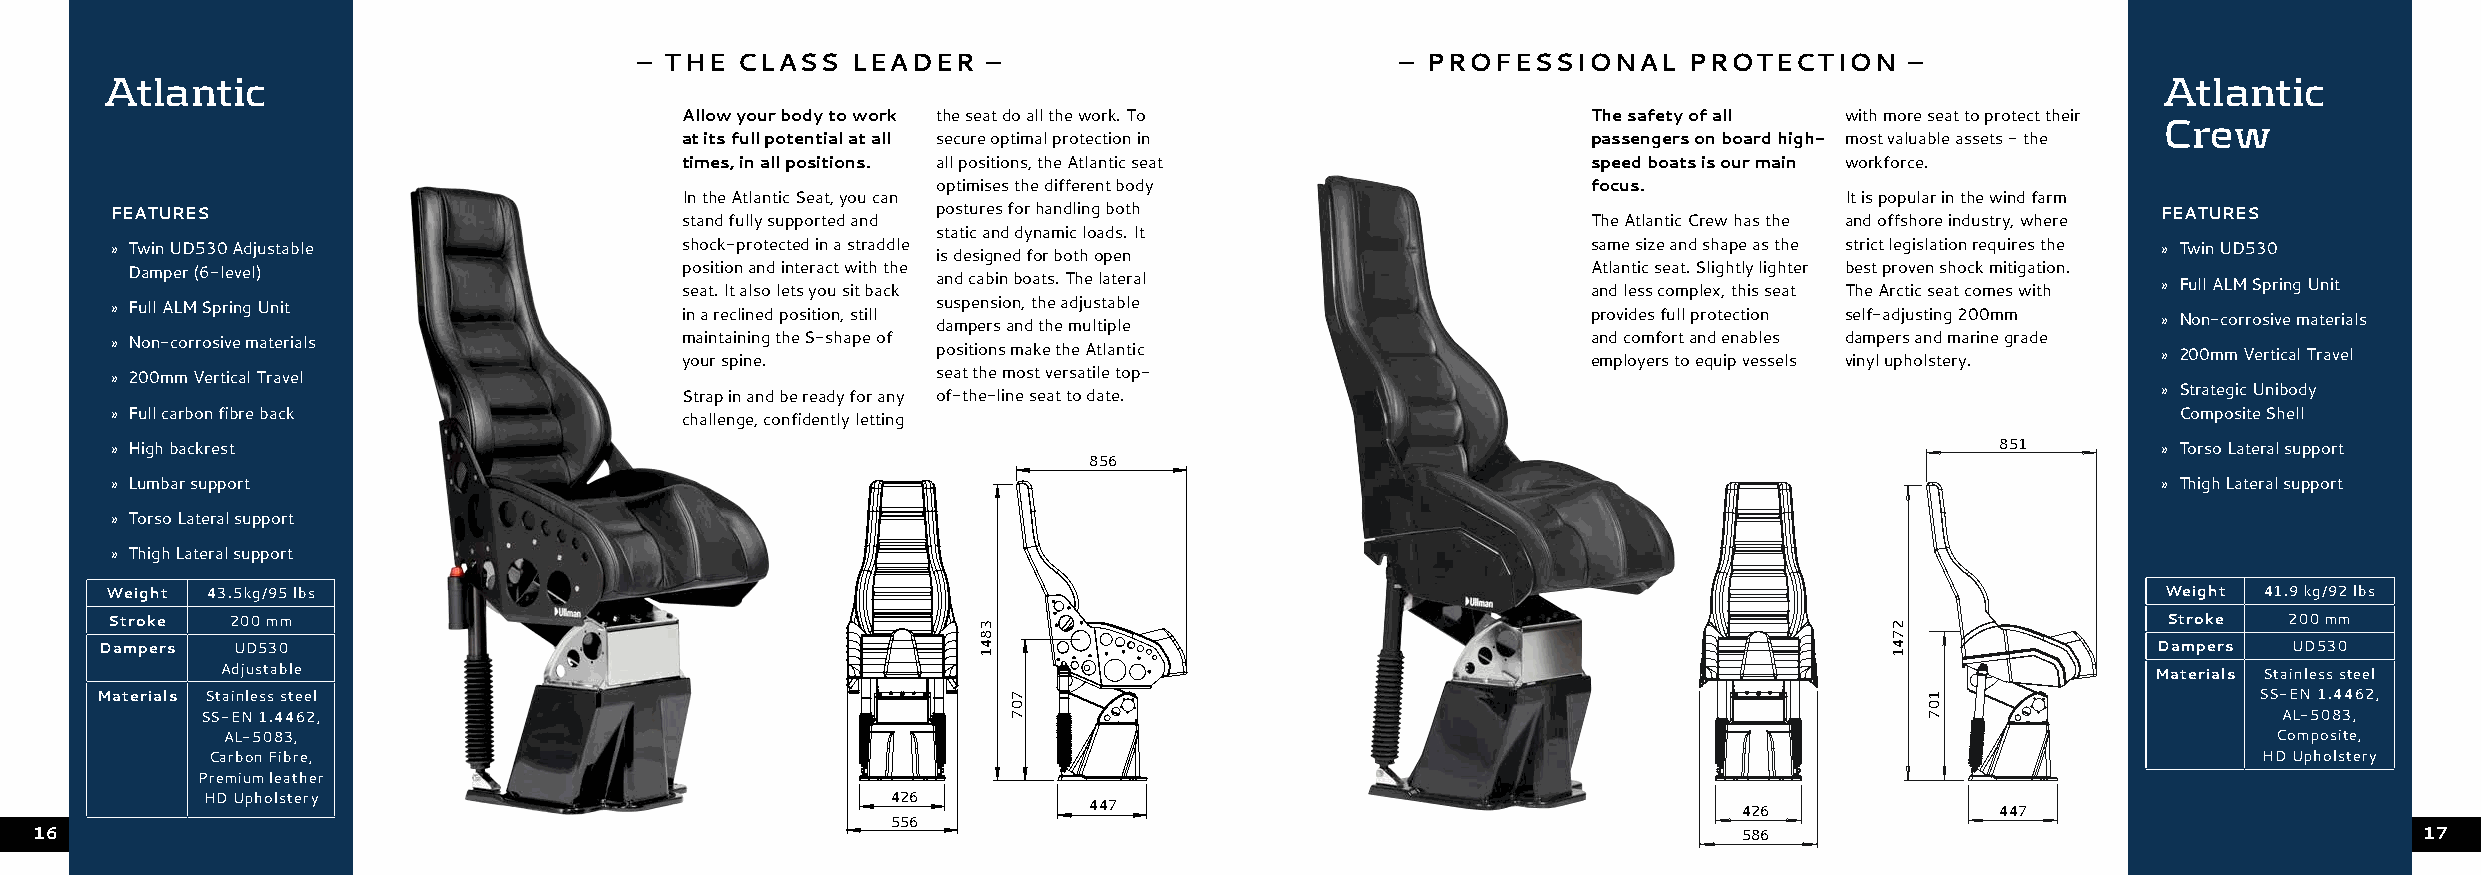
– THE  CLASS  LEADER   –                           – PROFESSIONAL     PROTECTION    –
 Atlantic                                                                                                                                Atlantic
 Allow your body to work the seat do all the work. To        The safety of all with more seat to protect their Crew
 at its full potential at all secure optimal protection in   passengers on board high- most valuable assets - the
 times, in all positions. all positions, the Atlantic seat   speed boats is our main workforce.
 optimises the different body               focus.
 In the Atlantic Seat, you can                                                It is popular in the wind farm
 FEATURES                                               postures for handling both                                                       FEATURES
 stand fully supported and                                   The Atlantic Crew has the and offshore industry, where
 static and dynamic loads. It
 » Twin UD530 Adjustable               shock-protected in a straddle                               same size and shape as the strict legislation requires the » Twin UD530
 is designed for both open
 Damper (6-level)                    position and interact with the                              Atlantic seat. Slightly lighter best proven shock mitigation.
 and cabin boats. The lateral                                                     » Full ALM Spring Unit
 seat. It also lets you sit back                             and less complex, this seat The Arctic seat comes with
 » Full ALM Spring Unit                                 suspension, the adjustable
 in a reclined position, still                               provides full protection self-adjusting 200mm » Non-corrosive materials
 dampers and the multiple
 » Non-corrosive materials             maintaining the S-shape of                                  and comfort and enables dampers and marine grade
 positions make the Atlantic                                                      » 200mm Vertical Travel
 your spine.                                                 employers to equip vessels vinyl upholstery.
 » 200mm Vertical Travel                                seat the most versatile top-
 Strap in and be ready for any of-the-line seat to date.                                           » Strategic Unibody
 » Full carbon fibre back                                                                                                                 Composite Shell
 challenge, confidently letting
 » High backrest                                                                                                              851        » Torso Lateral support
 856
 » Lumbar support                                                                                                                        » Thigh Lateral support
 » Torso Lateral support
 » Thigh Lateral support
 Weight 43.5kg/95 lbs                                                                                                                    Weight 41.9 kg/92 lbs
 Stroke  200 mm                                                                                                                          Stroke  200 mm
 Dampers UD530                                                                                                                           Dampers  UD530
 Adjustable                                                                                                                      Materials Stainless steel
 Materials Stainless steel                                                                                                                       SS-EN 1.4462,
 SS-EN 1.4462,                                                                                                                             AL-5083,
 AL-5083,                                                                                                                                Composite,
 Carbon Fibre,                                                                                                                           HD Upholstery
 Premium leather
 HD Upholstery                                 426
 447                                        426              447
 556
 16                                                                                                               586                                          17
 3841
 707
 2741
 107